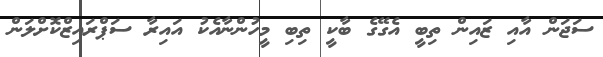
ސަޖަން އާއި ޒައިން ތިބީ އެގޭގެ ބާކީ ތިބި މީހުންނާއެކު އައިރާ ސަޕްރައިޒްކޮށްލަން